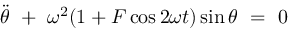
\Ddot { \theta } \ + \ \omega ^ { 2 } ( 1 + F \cos 2 \omega t ) \sin \theta \ = \ 0